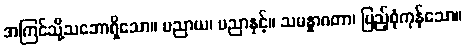
အကြင်သို့သဘောရှိသော။ ပညာယ၊ ပညာနှင့်။ သမန္နာဂတာ၊ ပြည့်စုံကုန်သော။